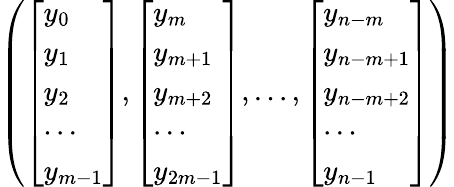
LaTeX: \left({\left[\begin{array}{l}{y_{0}}\\ {y_{1}}\\ {y_{2}}\\ {\cdots}\\ {y_{m-1}}\end{array}\right]},{\left[\begin{array}{l}{y_{m}}\\ {y_{m+1}}\\ {y_{m+2}}\\ {\cdots}\\ {y_{2m-1}}\end{array}\right]},\ldots,{\left[\begin{array}{l}{y_{n-m}}\\ {y_{n-m+1}}\\ {y_{n-m+2}}\\ {\cdots}\\ {y_{n-1}}\end{array}\right]}\right)